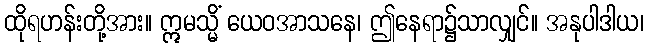
ထိုရဟန်းတို့အား။ ဣမသ္မိံ ယေဝအာသနေ၊ ဤနေရာ၌သာလျှင်။ အနုပါဒါယ၊